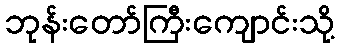
ဘုန်းတော်ကြီးကျောင်းသို့